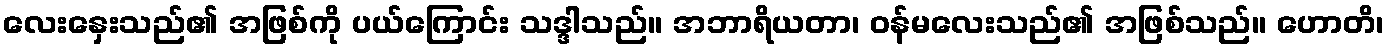
လေးနှေးသည်၏ အဖြစ်ကို ပယ်ကြောင်း သဒ္ဒါသည်။ အဘာရိယတာ၊ ဝန်မလေးသည်၏ အဖြစ်သည်။ ဟောတိ၊